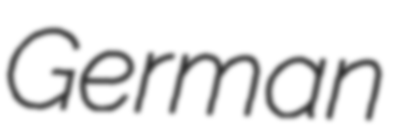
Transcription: German